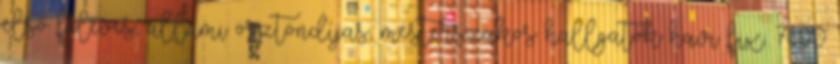
első féléves, állami ösztöndíjas, mesterszakos hallgatók havi fix. 7600